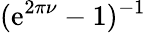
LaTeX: (\mathrm{e}^{2\pi\nu}-1)^{-1}